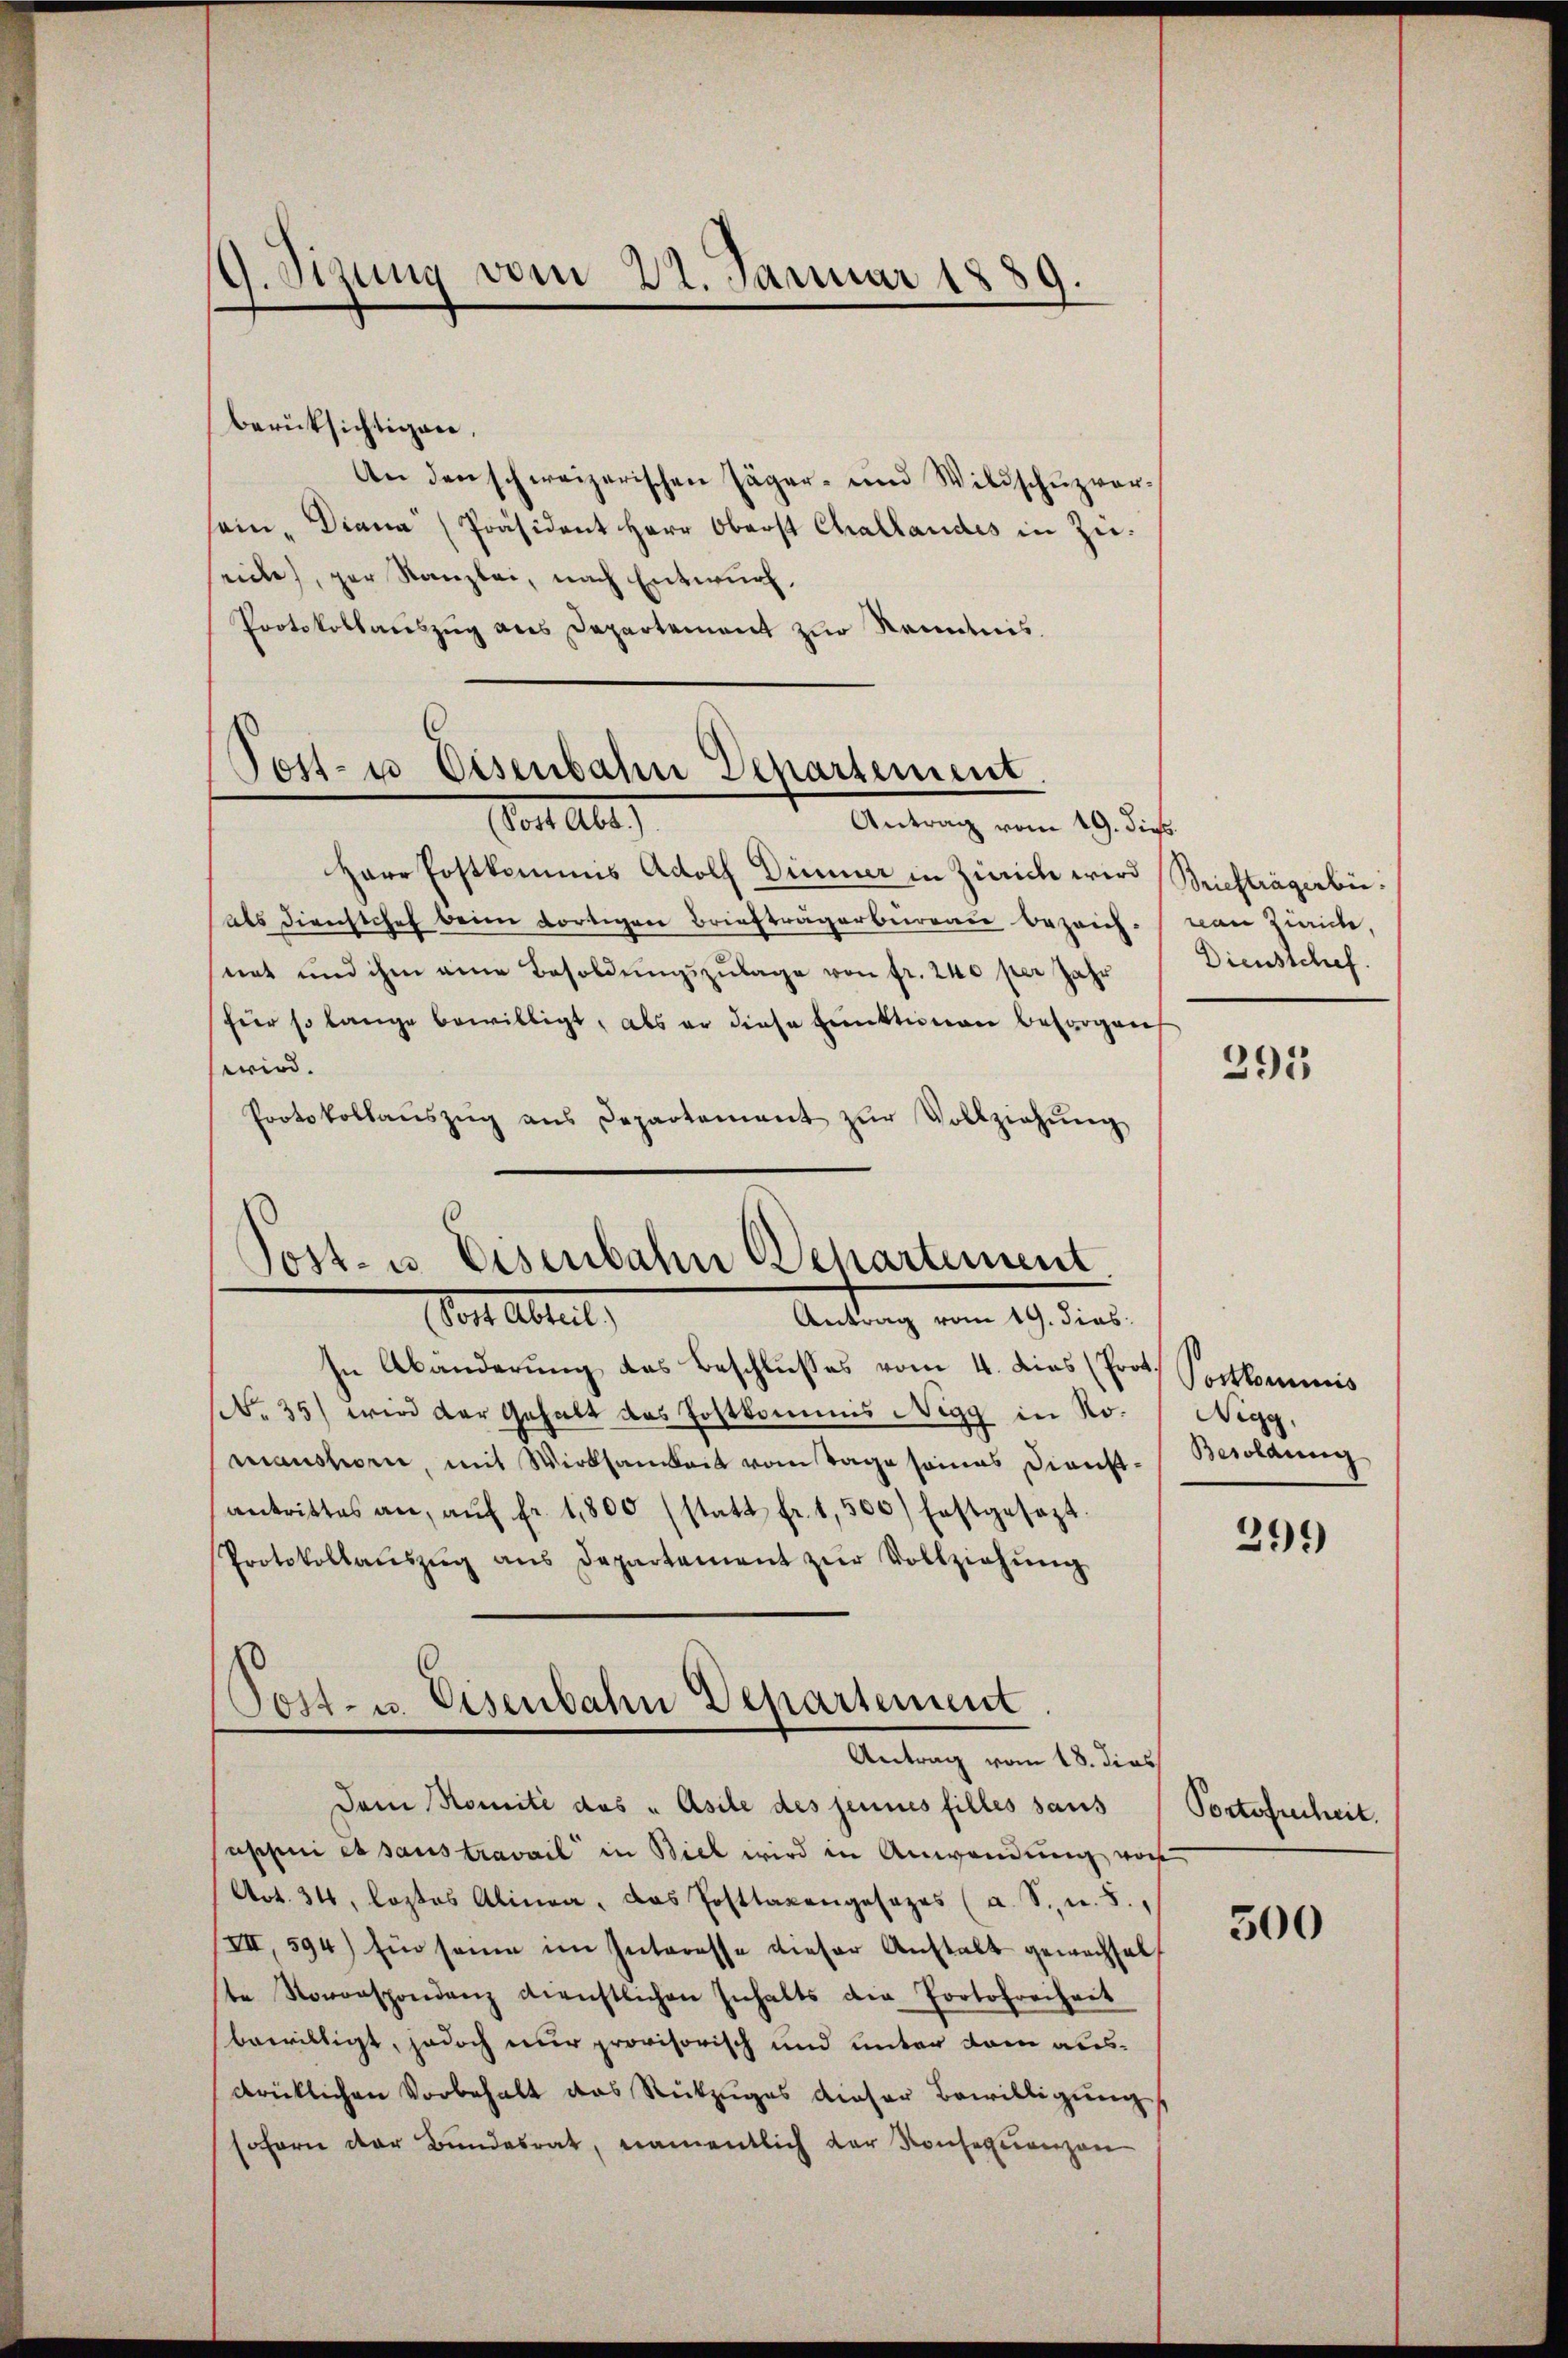
g. Sizung vom 22. Januar 1889.

berücksichtigen.
An den schweizerischen Jäger- und Wildschŭzver-
sein, Diana Präsident Herr Oberst Challandes in Züeiche, per Kanzlei, nach Entwurf.
Protokollauszug aus Departement zur Kenntnis.

Post- u Eisenbahn Departement
Cortete
Antrag vom 19. dies

Sost- u. Eisenbahn Departement
n
Vor Abteil
Antrag vom 19. dies

Herr Postkommis Adolf Dummer in Zürich wird
als Dienstchef beim dortigen Briefträgerbureau bezeich-
net und ihm eine Besoldŭngszulage von fr. 240 per Jahr
für so lange bewilligt, als er diese Einktion besorgen
wird.
Protokollaŭszŭg ans Departement zŭr Vollziehŭng
In Abänderung des Beschlusses vom 4. dies (Prot. Postkommnis
No 35) wird der Gehalt das Postkommis Nigg in Nomanshorn, mit Wirksamkeit vom Tage seines Dienst-Besoldung
antrittes an, aŭf fr. 1800 (statt fr. 1,500) festgesezt.
Protokollaŭszŭg ans Departement zŭr Vollziehŭng
Sost- u. Eisenbahn Departement
Antrag vom 18. dies
Dem Komité des „Asile des jeunes filles saus
uppui es sans travail in Biel wird in Anwendung vor
Art. 34, lostes Alinea, das Posttaxengesezes (a. S. u. 8.
VII, 594) für seine im Interesse dieser Anstalt gewachsel
te Nonoaspondenz dienstlichen Inhalts der Portofreiheit
bewilligt, jedoch nur provisorisch und unter dem ausdrücklichen Vorbehalt das Rückzuges dieser Bewilligung
sofern der Bundesrat, namentlich der Konsequenzen

Briefträgerbe.
nen Zwicke,
Diensschef.

295

Nigg,

299

Portofenheit.

500